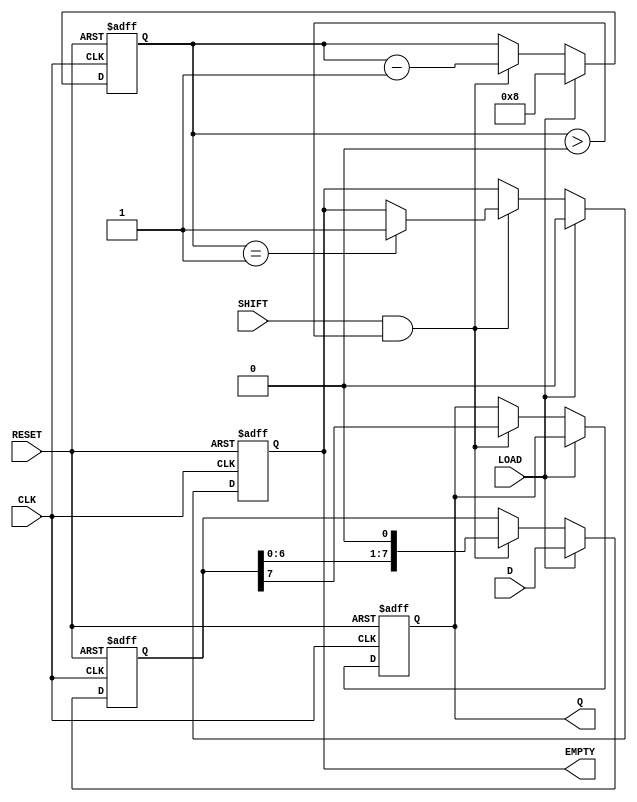
module PISO #(parameter WIDTH = 8) (
    input wire [WIDTH-1:0] D,      // Parallel data input
    input wire LOAD,                // Load control signal
    input wire CLK,                 // Clock signal
    input wire SHIFT,               // Shift control signal
    input wire RESET,               // Asynchronous reset signal
    output reg Q,                   // Serial output
    output reg EMPTY                // Empty signal
);

    reg [WIDTH-1:0] shift_reg;      // Shift register array
    reg [3:0] count;                // Counter for shifting

    always @(posedge CLK or posedge RESET) begin
        if (RESET) begin
            shift_reg <= 0;         // Clear the shift register
            Q <= 0;                 // Clear the serial output
            EMPTY <= 1;             // Register is empty after reset
            count <= 0;             // Reset counter
        end else begin
            if (LOAD) begin
                shift_reg <= D;     // Load parallel data into the shift register
                EMPTY <= 0;         // Register is not empty after loading
                count <= WIDTH;      // Set counter to WIDTH
            end else if (SHIFT && count > 0) begin
                Q <= shift_reg[WIDTH-1]; // Output the MSB
                shift_reg <= {shift_reg[WIDTH-2:0], 1'b0}; // Shift left
                count <= count - 1;  // Decrement the counter
                if (count == 1) begin
                    EMPTY <= 1;       // Register is empty after last shift
                end
            end
        end
    end

endmodule